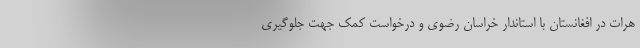
هرات در افغانستان با استاندار خراسان رضوی و درخواست کمک جهت جلوگیری